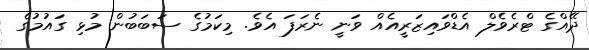
ދޭއްގެ ޓްރެވެލް އެޑްވައިޒަރީއެއް ވަނީ ނެރަފަ އެވެ. މިކަމުގެ ސަބަބުން މުޅި ގައުމުގެ